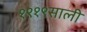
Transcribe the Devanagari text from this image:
१९१९साली